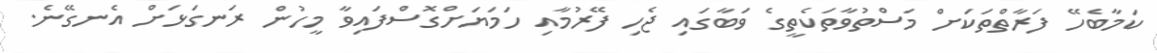
ކަމާބެހޭ ފަރާތްތަކަށް މަސްތުވާތަކެތީގެ ވަބާގައި ޖެހި ފޭރުމާއި ހަަމަޔަށްގޮސްފައިވާ މީހުން ރަނގަޅަށް އެނގޭނެ.